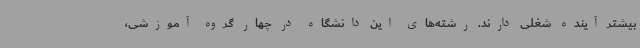
بیشتر آینده شغلی دارند. رشته‌های این دانشگاه در چهار گروه آموزشی،